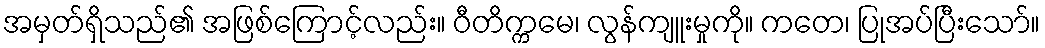
အမှတ်ရှိသည်၏ အဖြစ်ကြောင့်လည်း။ ဝီတိက္ကမေ၊ လွန်ကျူးမှုကို။ ကတေ၊ ပြုအပ်ပြီးသော်။